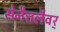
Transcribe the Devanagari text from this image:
सेनैत्तलैवर्